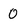
Character: 0